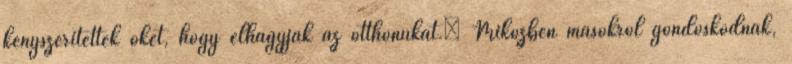
kényszerítették őket, hogy elhagyják az otthonukat.” Miközben másokról gondoskodnak,